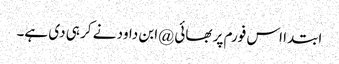
ابتدا اس فورم پر بھائی @ابن داود نے کر ہی دی ہے۔